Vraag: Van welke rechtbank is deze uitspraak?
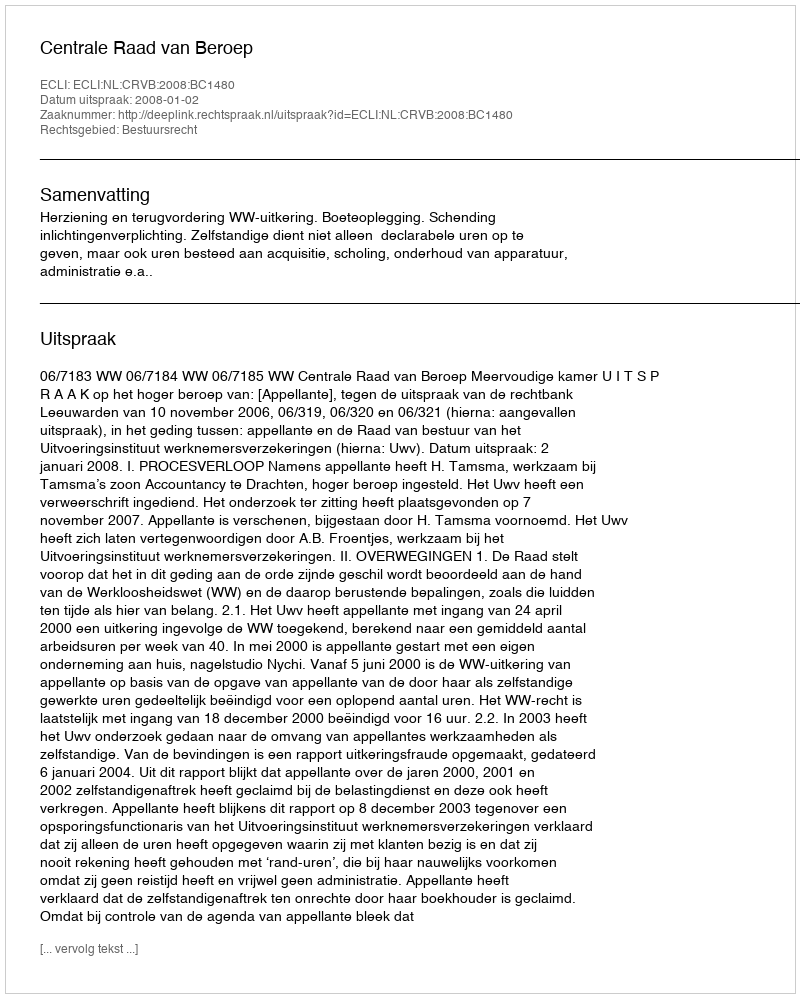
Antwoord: Centrale Raad van Beroep